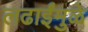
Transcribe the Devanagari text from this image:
लढाईंमुळे